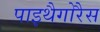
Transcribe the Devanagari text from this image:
पाइथैगोरैस